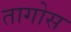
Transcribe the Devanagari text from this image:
तागोस